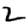
Digit: 2